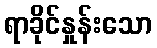
ရာခိုင်နှုန်းသော